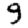
Digit: 9